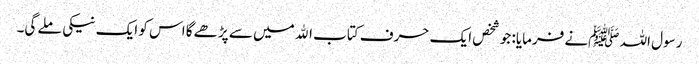
رسول اللہ ﷺنے فرمایا: جو شخص ایک حرف کتاب اﷲ میں سے پڑھے گا اس کو ایک نیکی ملے گی۔